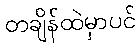
တချိန်ထဲမှာပင်